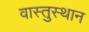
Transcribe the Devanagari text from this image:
वास्तुस्थान